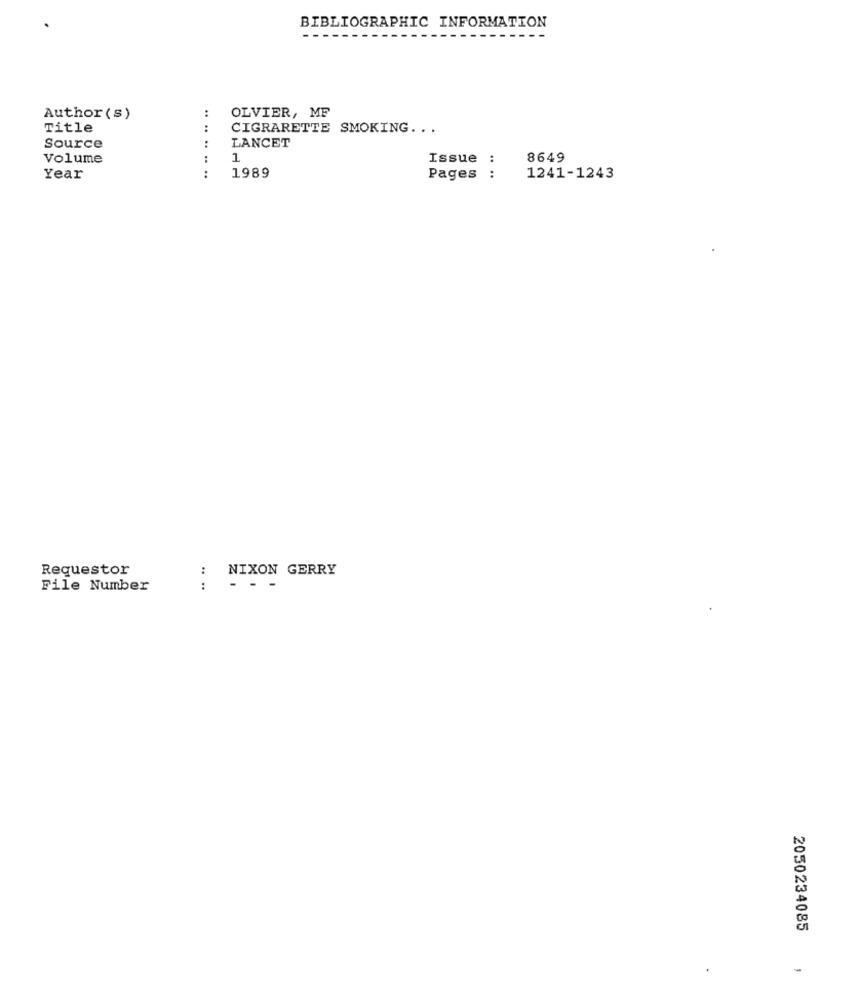
BIBLIOGRAPHIC INFORMATION
:
Author (s)
OLVIER, MF
Title
:
CIGRARETTE SMOKING ...
LANCET
Source
Volume
1
Issue :
8649
Year
.. .. ..
1989
Pages
1241-1243
Requestor
:
NIXON GERRY
File Number
:
- - -
2050234085
-